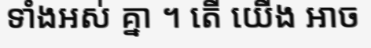
ទាំងអស់ គ្នា ។ តើ យើង អាច